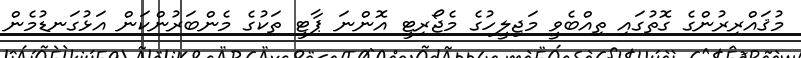
މުޤައްރިރުންގެ ގޮތުގައި ތިއްބެވީ މަޖިލީހުގެ މެޖޯރިޓީ އޮންނަ ޕާޓީ ތަކުގެ މެންބަރުންކަން އަޅުގަނޑުމެން